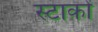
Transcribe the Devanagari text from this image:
स्टाकों